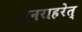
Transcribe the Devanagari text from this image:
पुनराहरेत्